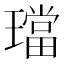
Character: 璫